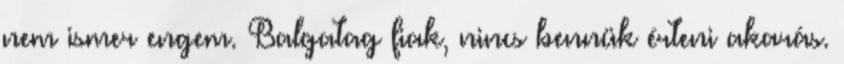
nem ismer engem. Balgatag fiak, nincs bennük érteni akarás.